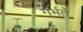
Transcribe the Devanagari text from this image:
गर्भते